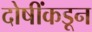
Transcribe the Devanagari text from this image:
दोषींकडून